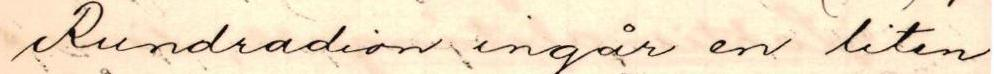
Rundradion ingår en liten